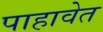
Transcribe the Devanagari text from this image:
पाहावेत